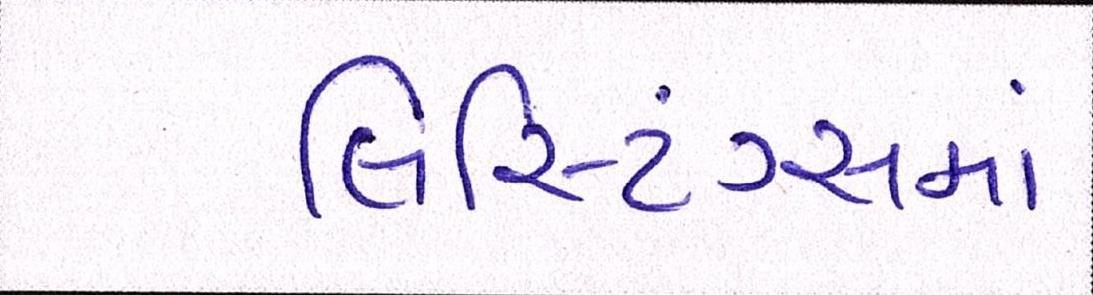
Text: લિસ્ટિંગ્સમાં